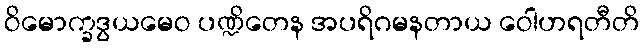
ဝိမောက္ခဒွယမေဝ ပဏ္ဍိတေန အပရိဂမနတာယ ဝေါဟရတီတိ